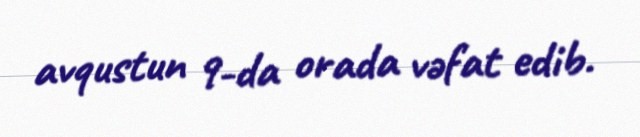
avqustun 9-da orada vəfat edib.